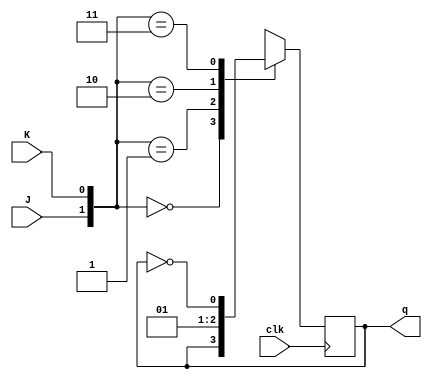
module JK_FF(
    input clk, 
    input J,
    input K, 
    output reg q
);
    
always @ (posedge clk)
    case ({J,K})
        2'b00 : q <= q;
        2'b01 : q <= 0;
        2'b10 : q <= 1;
        2'b11 : q <= ~q;
    endcase
endmodule